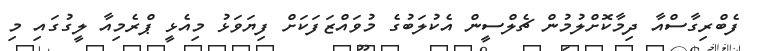
ފެބްރިގާސްއާ ދިމާކޮށްލުމުން ޗެލްސީން އެކުލަބުގެ މުވައްޒަފަކަށް ފިޔަވަޅު މިއެޅީ ޕްރެމިއާ ލީގުގައި މި